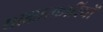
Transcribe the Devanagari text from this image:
साक्षात्कारियों